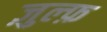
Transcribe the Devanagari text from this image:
ज़ुल्फ़